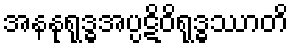
အနနုရုဒ္ဓအပ္ပဋိဝိရုဒ္ဓဿာတိ